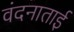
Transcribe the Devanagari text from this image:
वंदनाताई